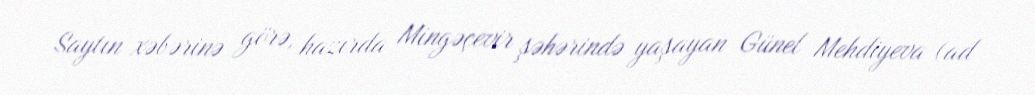
Saytın xəbərinə görə, hazırda Mingəçevir şəhərində yaşayan Günel Mehdiyeva (ad